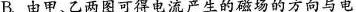
B.由甲、乙两图可得电流产生的磁场的方向与电